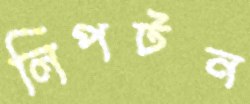
লিপটন